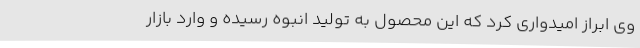
وی ابراز امیدواری کرد که این محصول به تولید انبوه رسیده و وارد بازار